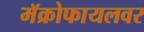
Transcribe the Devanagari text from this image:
मॅक्रोफायलवर